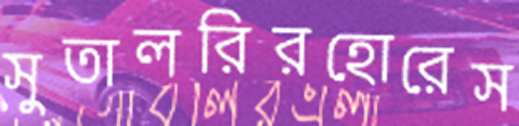
সুতালরিরহোরেস